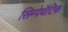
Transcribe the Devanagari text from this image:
सिम्पेथैटिक